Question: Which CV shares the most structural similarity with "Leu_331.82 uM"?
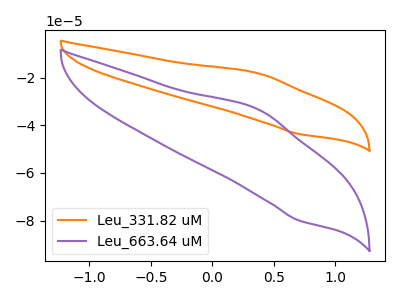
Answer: <think>The orange curve "Leu_331.82 uM" has an anodic peak at (0.40V, -18.30uA) and a cathodic peak at (0.70V, -43.65uA). The purple curve "Leu_663.64 uM" has an anodic peak at (0.40V, -33.45uA) and a cathodic peak at (0.70V, -79.85uA).
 All the peaks in "Leu_331.82 uM" have a peak in "Leu_663.64 uM" at the same potential.</think>
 <answer>The CV with the most similar shape to "Leu_663.64 uM" is "Leu_331.82 uM".</answer>
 <eval>"Leu_331.82 uM"</eval>